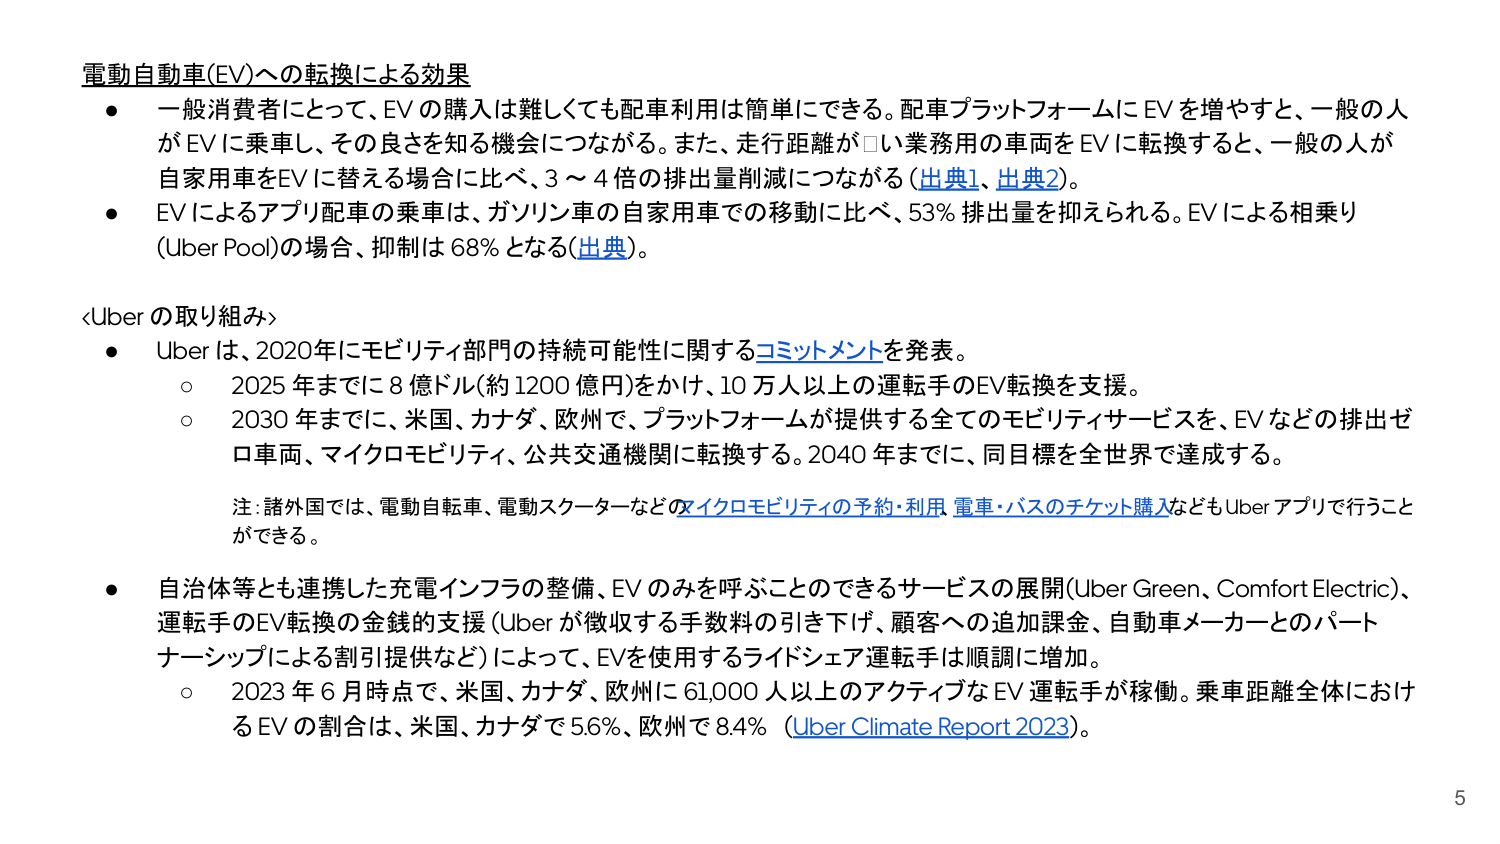
電動自動車(EV)への転換による効果
● 一般消費者にとって、EV の購入は難しくても配車利用は簡単にできる。配車プラットフォームにEV を増やすと、一般の人がEVに乗車し、その良さを知る機会につながる。また、走行距離が□い業務用の車両をEVに転換すると、一般の人が自家用車をEVに替える場合に比べ、3～4倍の排出量削減につながる（出典1、出典2）。
● EVによるアプリ配車の乗車は、ガソリン車の自家用車での移動に比べ、53%排出量を抑えられる。EVによる相乗り（Uber Pool）の場合、抑制は68%となる（出典）。

<Uber の取り組み>
● Uber は、2020年にモビリティ部門の持続可能性に関するコミットメントを発表。
　○ 2025 年までに8億ドル（約1200億円）をかけ、10万人以上の運転手のEV転換を支援。
　○ 2030 年までに、米国、カナダ、欧州で、プラットフォームが提供する全てのモビリティサービスを、EVなどの排出ゼロ車両、マイクロモビリティ、公共交通機関に転換する。2040年までに、同目標を全世界で達成する。
　　注：諸外国では、電動自転車、電動スクーターなどのマイクロモビリティの予約・利用 電車・バスのチケット購入などもUber アプリで行うことができる。
● 自治体等とも連携した充電インフラの整備、EVのみを呼ぶことのできるサービスの展開（Uber Green、Comfort Electric）、運転手のEV転換の金銭的支援（Uberが徴収する手数料の引き下げ、顧客への追加課金、自動車メーカーとのパートナーシップによる割引提供など）によって、EVを使用するライドシェア運転手は順調に増加。
　○ 2023年6月時点で、米国、カナダ、欧州に61,000人以上のアクティブなEV運転手が稼働。乗車距離全体におけるEVの割合は、米国、カナダで5.6%、欧州で8.4%（Uber Climate Report 2023）。

5